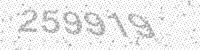
Solution: 259919